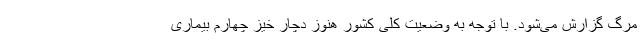
مرگ گزارش می‌شود. با توجه به وضعیت کلی کشور هنوز دچار خیز چهارم بیماری